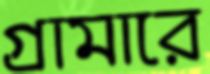
গ্রামারে